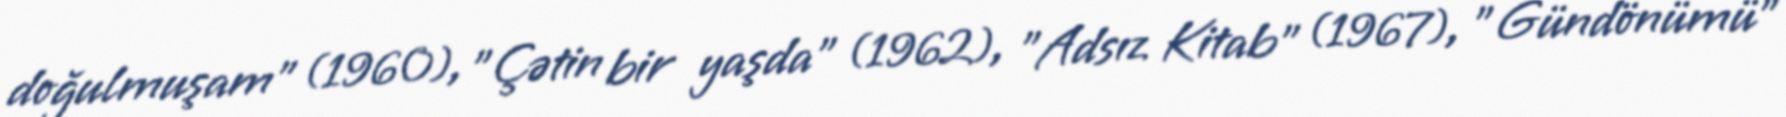
doğulmuşam" (1960), "Çətin bir yaşda" (1962), "Adsız Kitab" (1967), "Gündönümü"